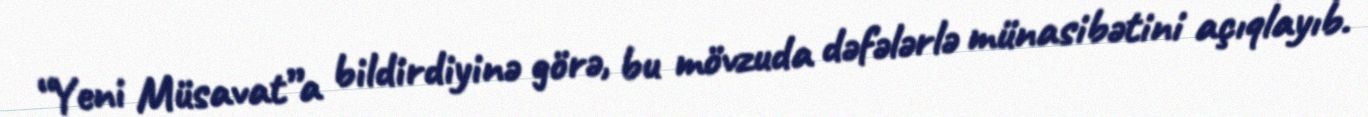
“Yeni Müsavat”a bildirdiyinə görə, bu mövzuda dəfələrlə münasibətini açıqlayıb.